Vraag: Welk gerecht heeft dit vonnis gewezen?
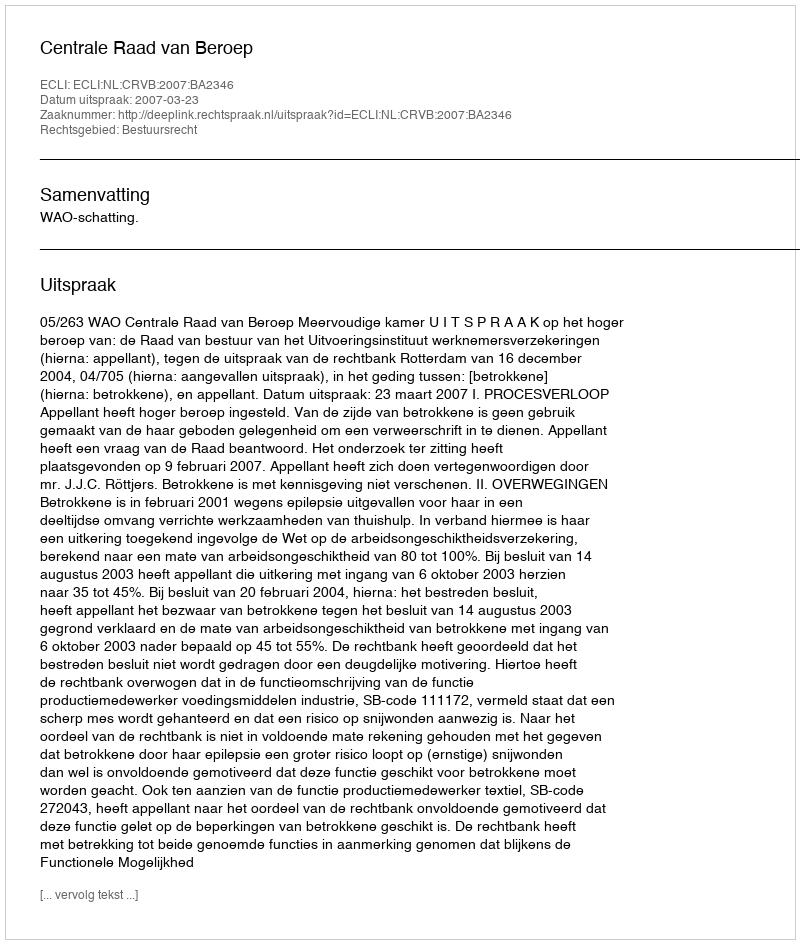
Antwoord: Centrale Raad van Beroep